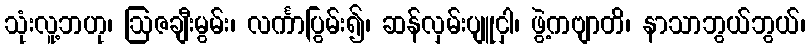
သုံးလူ့ဘဟု၊ ဩဇချီးမွမ်း၊ လင်္ကာပြွမ်း၍၊ ဆန်လှမ်းပျူငှါ၊ ဖွဲ့ကဗျာတိ၊ နာသာဘွယ်ဘွယ်၊